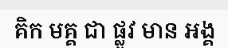
គិក មគ្គ ជា ផ្លូវ មាន អង្គ